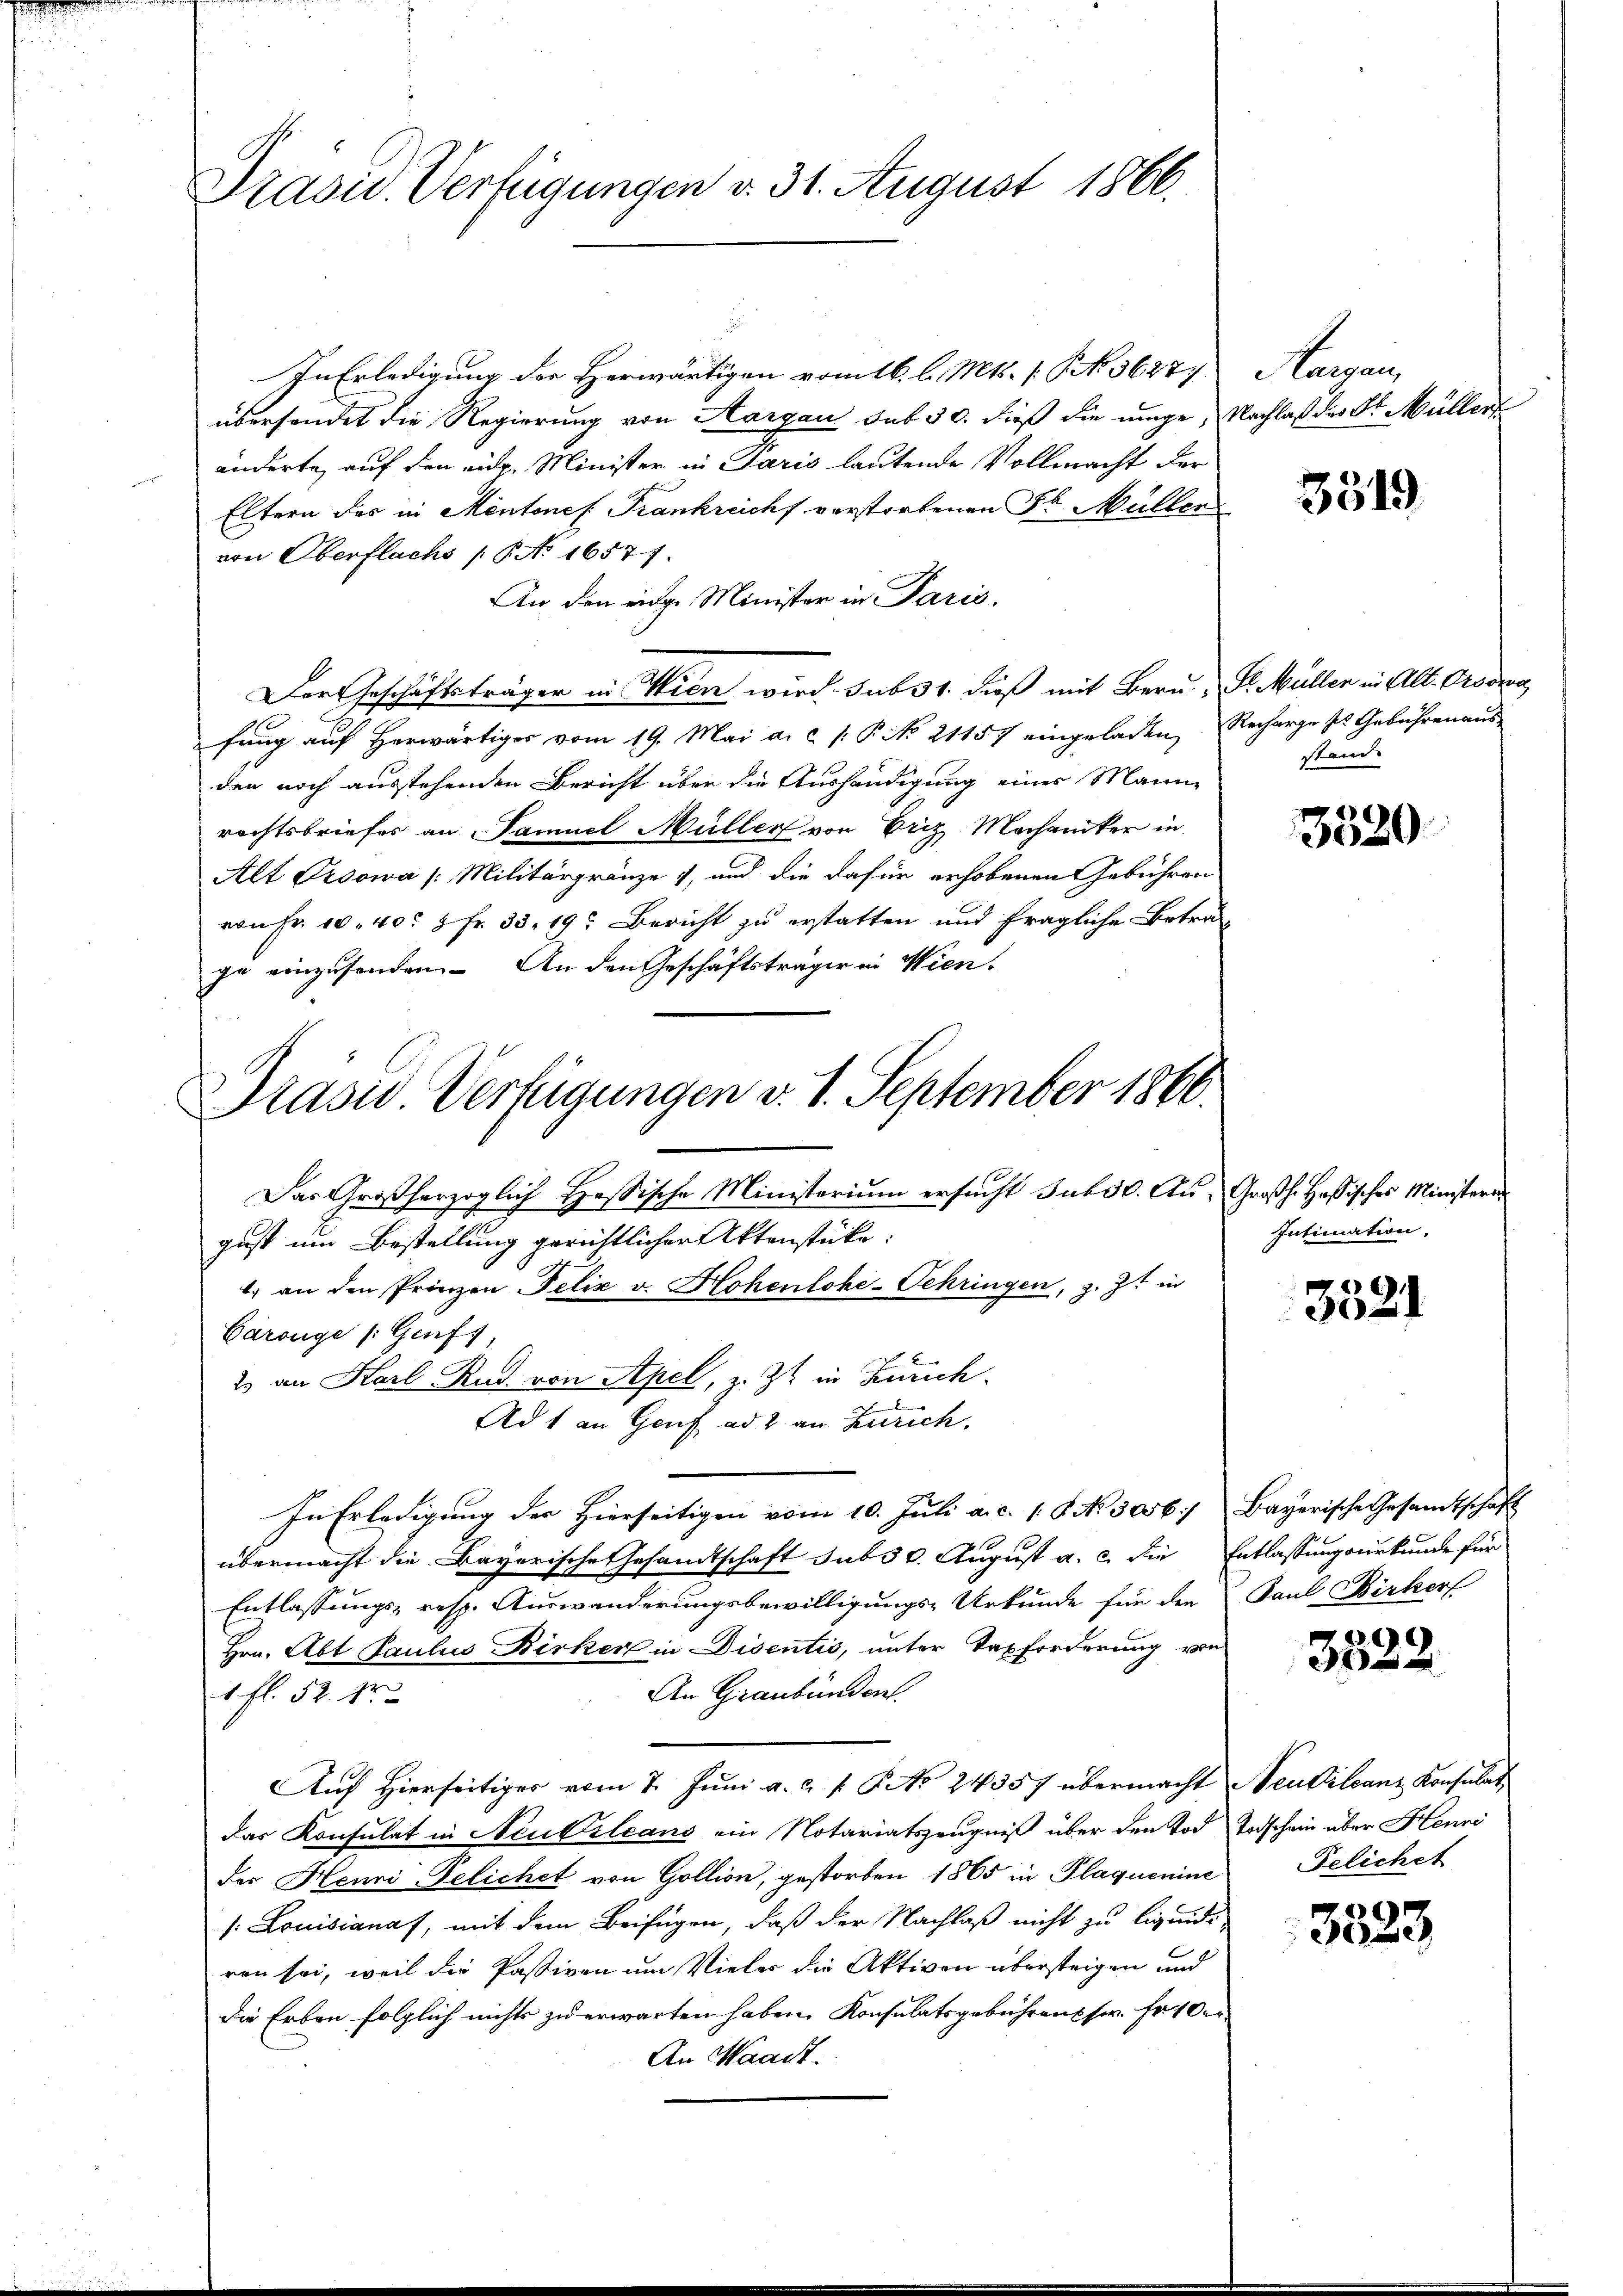
Prasid. Verfügungen v. 31. August 1866.

In Erledigung der Herwärtigen vom 16. l. Mts. (S. 3627
übersendet die Regierung von Aargau sub 30. dieß die einge, Nachlaß des Dr. Müller
änderte, auf den eidg. Minister in Paris lautende Vollmacht der
Eltern das in Mentones Frankreicht verstorfenen Sr. Müller
von Oberflachs / NNo. 16571.
An den einge Minister in Paris.
Der Geschäftsträger in Wien wird. sub 31. dieß mit Bern. " Dr. Müller in Alt- Provera
fung auf Herwärtiger vom 19. Mai a. c. P. P. No. 21157 eingeladen Recharge ses Gebühren aus-
den noch ausstehenden Bericht über die Aushändigung eines Manne
rechtsbriefes an Samuel Müller von Friz Mochaniker in
Alt Proowa /: Militärgränze, und die dafür erhobenen Gebühren
von Fr. 10. 40. 8 Fr. 33. 19. Bericht zu erstatten und fragliche Betraze einzusenden. An den Geschäftsträger in Wien.

Prasis Verfügungen v. 8. September 1860.

2 an Karl Rud. von Apel, z. Zt. in Zürich

Das Großherzoglich Heßische Ministerium ersucht Subst. Au-Großh. Hassisches Ministere
.) an den Prinzen Felix v. Hohenlohe-Schringen, z. Zt. in
Ad 1 an Genf ad 2. an Zürich.

gust um Bestellung gerichtlicher Aktenstücke:
Cárouge /: Genf,
In Erledigung der Hierseitigen vom 10. Juli a. c. 18. No. 5056.) Bayerische Gesandtschaft
übermacht die Bayerische Gesandtschaft sub 30. August a. c. die Entlassungsurkunde für
Entlassungs- resp. Auswanderungsbewilligungs-Urkunde für den Paul Birkers
Hrn. Abt Paulus Birker in Disentis, unter Taxforderung von
An Graubünden.
1 fl. 52. 12
Auf Hierseitiger vom 7. Juni a. a. p. P. No 24357 übermacht Neubilanz Konsulat,
das Konsulat in Neubileans ein Notariatszeugniß über den Tod Todschein aber Henri
der Henri Felichet von Gollion, gestorben 1865 in Plaquemine
s: Louissanaf, mit dem Beifügen, daß der Nachlaß nicht zu liquidiren sei, weil die Passiven um Vieler die Aktiven übersteigen und
die Erben folglich nichts zu erwarten haben. Konsulatsgebührens ser. Er ver¬
An Waadt.

Langen

3519

sstand.

3520

Intimation,

3521

r
3622.

Felichet

e
e